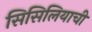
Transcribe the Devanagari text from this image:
सिसिलियाची